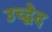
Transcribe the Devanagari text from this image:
उच्द्वेद